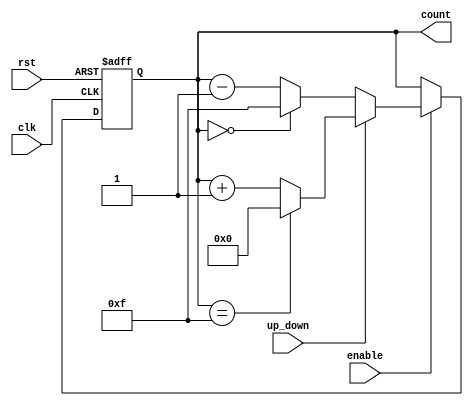
module up_down_counter (
    input wire clk,          // Clock signal
    input wire rst,          // Asynchronous reset
    input wire up_down,      // Up/Down control: 1 for up, 0 for down
    input wire enable,       // Enable signal
    output reg [3:0] count   // 4-bit count output
);

    // Initialize the count value
    initial begin
        count = 4'b0000;  // Set initial count to 0
    end

    // Always block triggered on the rising edge of clk
    always @(posedge clk or posedge rst) begin
        if (rst) begin
            count <= 4'b0000;  // Reset count to 0
        end else if (enable) begin
            if (up_down) begin
                // Count up
                count <= count + 1;
                // Wrap around if maximum value is reached
                if (count == 4'b1111) begin
                    count <= 4'b0000; // Wrap around functionality
                end
            end else begin
                // Count down
                if (count == 4'b0000) begin
                    count <= 4'b1111; // Underflow wrap around
                end else begin
                    count <= count - 1;
                end
            end
        end
    end

endmodule